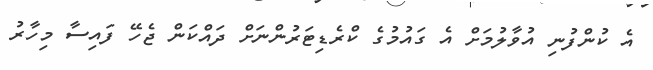
އެ ކުންފުނި އުވާލުމަށް އެ ގައުމުގެ ކްރެޑިޓަރުންނަށް ދައްކަން ޖެހޭ ފައިސާ މިހާރު